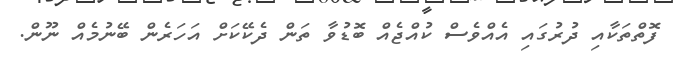
ފޮތްތަކާއި ދުރުގައި އެއްވެސް ކުއްޖެއް ބޮޑުވާ ތަން ދެކޭކަށް އަހަރެން ބޭނުމެއް ނޫން.